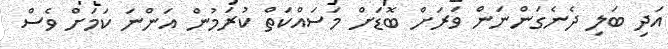
އަދި ބަލި ދެނެގަންނަން ވަރަށް ބޮޑަށް މަސައްކަތް ކުރަމުން އަންނަ ކަމަށް ވެސް